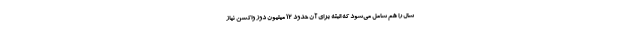
سال را هم شامل می‌شود که البته برای آن حدود ١٢ میلیون دوز واکسن نیاز